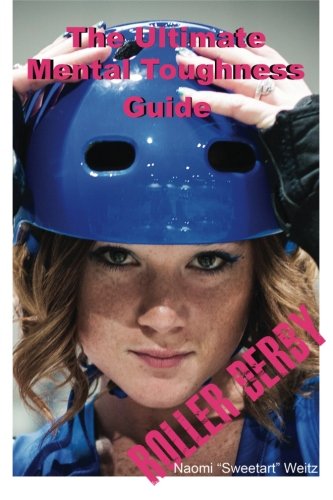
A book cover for The Ultimate Mental Toughness Guide: Roller Derby; Naomi "Sweetart" Weitz; Sports & Outdoors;